Virumaa_algkoolid, lk 20
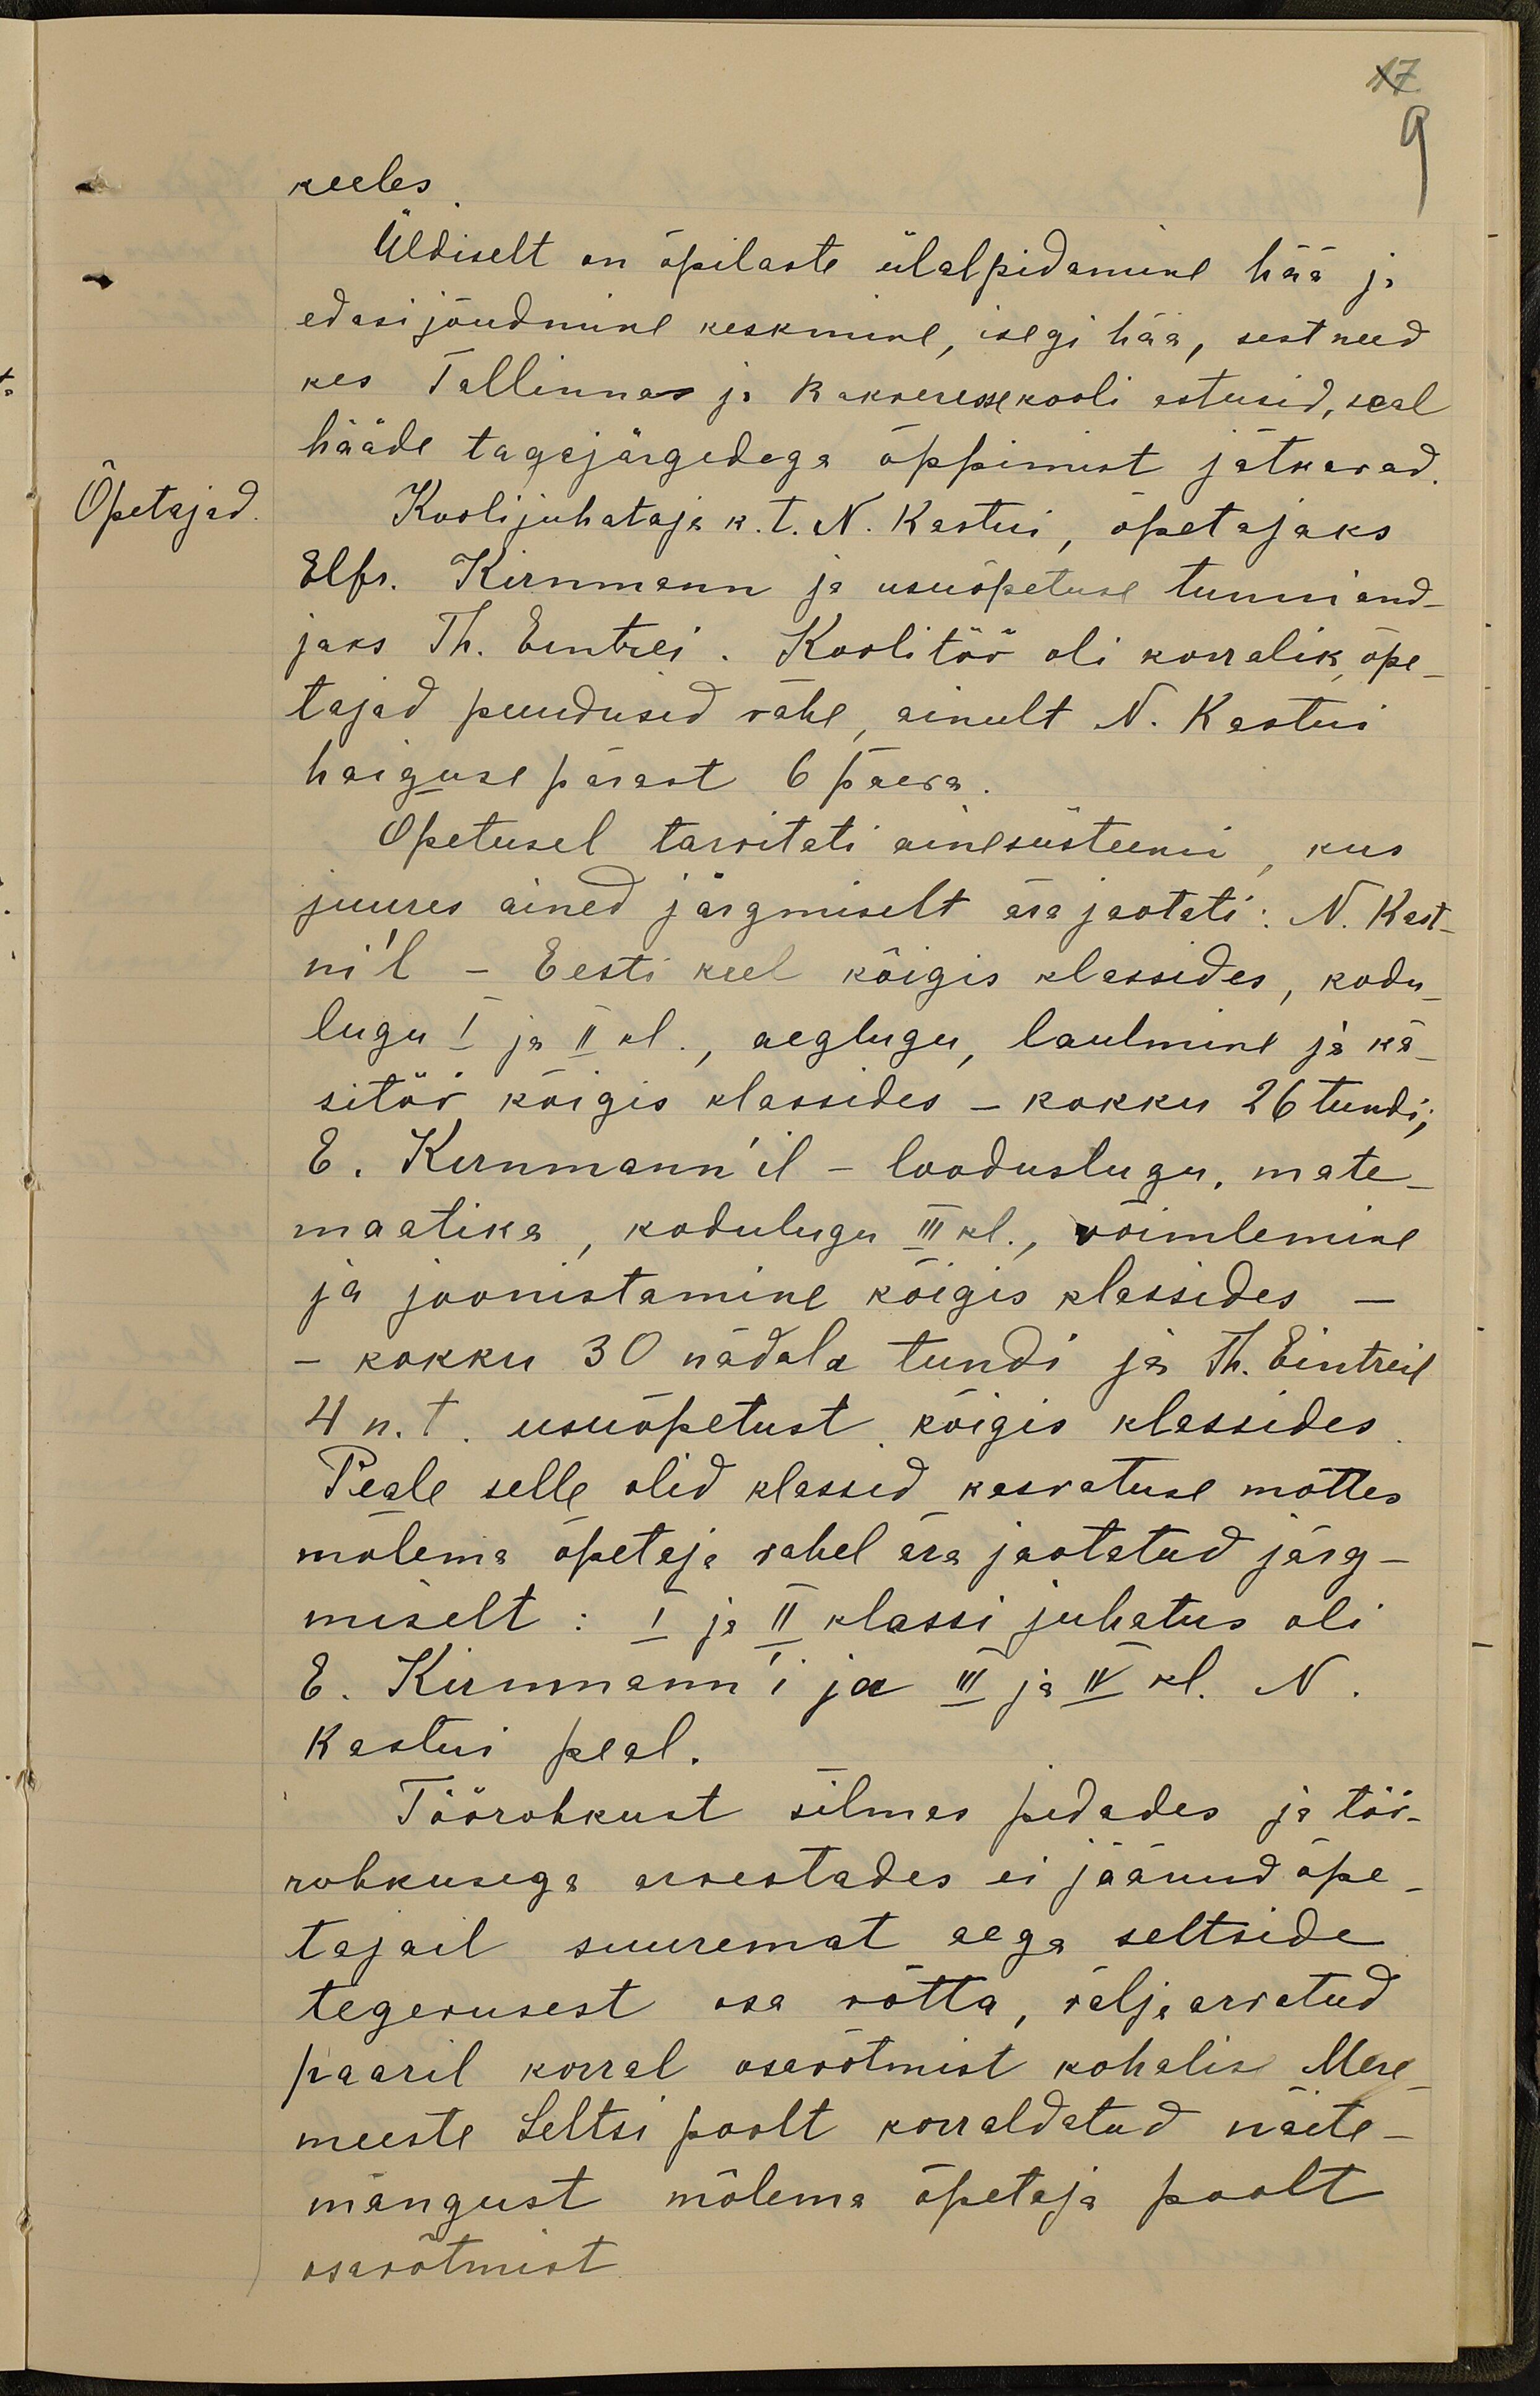
17
9
keeles.
Üldiselt on õpilaste ülalpidamine hää ja
edasi jõudmine keskmine, isegi hää, sest need
kes Tallinnas ja Rakveresse kooli astusid, seal
hääde tagajärgedega õppimist jätkavad
Õpetajad
Kooli juhataja k. t. N. Kastni, õpetajaks
Elfr. Kirnmann ja usuõpetuse tunni and-
jaks Th. Eintrei. Koolitöö oli korralik, õpe-
tajad puudusid vähe ainult N. Kastni
haiguse pärast 6 päeva
Õpetusel tarvitati ainesüsteemi, kus
juures ained järgmiselt ära jaotati: N. Kast-
ni'l - Eesti keel kõigis klassides, kodu-
lugu I ja II kl., aeglugu, laulmine ja kä-
sitöö kõigis klassides - kokku 26 tundi,
E. Kirnmann'il - looduslugu, mate-
maatika, kodulugu III kl., võimlemine
ja joonistamine kõigis klassides
- kokku 30 nädala tundi ja Th. Eintreil
4 n. t. usuõpetust kõigis klassides
Peale selle olid klassid kasvatuse mõttes
mõlema õpetaja vahel ära jaotatud järg-
miselt: I ja II klassi juhatus oli
E. Kirnmmann'i ja III ja IV kl. N
Kastni peal.
Töörohkust silmas pidades ja töö-
rohkusega arvestades ei jäänud õpe-
tajail suuremat aega seltside
tegevusest osa võtta, väljarvatud
paaril korral osavõtmist kohalise Mere-
meeste Seltsi poolt korraldatud näite-
mängust mõlema õpetaja poolt
osavõtmist